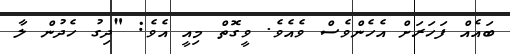
ބައެއް ފަހަރަށް އެހެންވެސް ވެއެވެ. ވީގޮތް މިއީ އެވެ: "ދިގު ހެދުން ލާ